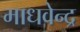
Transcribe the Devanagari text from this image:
माधवेन्द्र